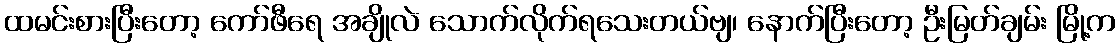
ထမင်းစားပြီးတော့ ကော်ဖီရေ အချိုလဲ သောက်လိုက်ရသေးတယ်ဗျ၊ နောက်ပြီးတော့ ဦးမြတ်ချမ်း မြို့က